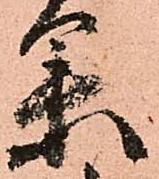
果